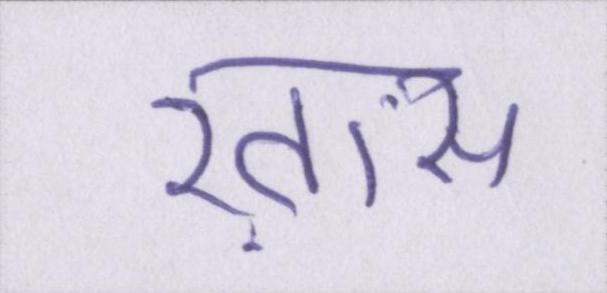
ख़ास